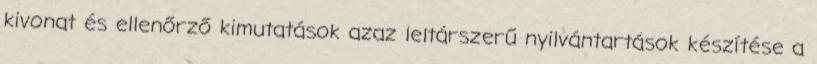
kivonat és ellenőrző kimutatások azaz leltárszerű nyilvántartások készítése a